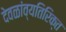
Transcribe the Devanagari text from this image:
देवळांव्यतिरिक्‍त